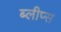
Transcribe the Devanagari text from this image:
ब्लीप्स